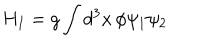
H _ { I } = g \int { d ^ { 3 } x \, \phi \psi _ { 1 } \psi _ { 2 } }